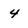
Character: 4